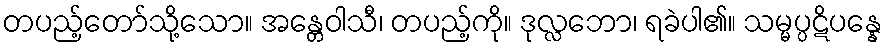
တပည့်တော်သို့သော။ အန္တေဝါသီ၊ တပည့်ကို။ ဒုလ္လဘော၊ ရခဲပါ၏။ သမ္မပ္ပဋိပန္နေ